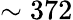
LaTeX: \sim 372